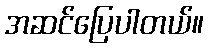
အဆင်ပြေပါတယ်။